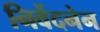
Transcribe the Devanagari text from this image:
निर्वेदनेन